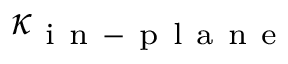
\kappa _ { \mathrm { ~ i ~ n ~ - ~ p ~ l ~ a ~ n ~ e ~ } }